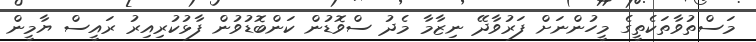
މަސްތުވާތަކެތީގެ މީހުންނަށް ފަރުވާދޭ ނިޒާމާ މެދު ސްވޮޑުން ކަންބޮޑުވުން ފާޅުކުރިއިރު ރައީސް ޔާމީން